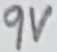
Text: 9V